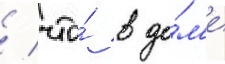
/ что́ в до́м'е